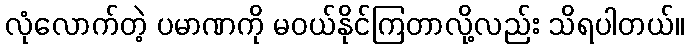
လုံလောက်တဲ့ ပမာဏကို မဝယ်နိုင်ကြတာလို့လည်း သိရပါတယ်။